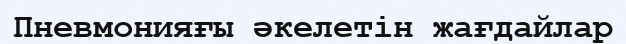
Пневмонияғы әкелетін жағдайлар